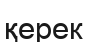
қерек